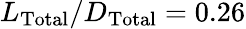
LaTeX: L_{\mathrm{Total}}/D_{\mathrm{Total}}=0.26